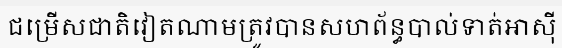
ជម្រើសជាតិវៀតណាមត្រូវបានសហព័ន្ធបាល់ទាត់អាស៊ី